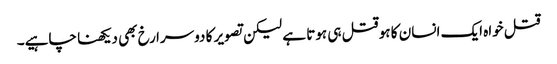
قتل خواہ ایک انسان کا ہو قتل ہی ہوتا ہے لیکن تصویر کا دوسرا رخ بھی دیکھنا چاہیے۔